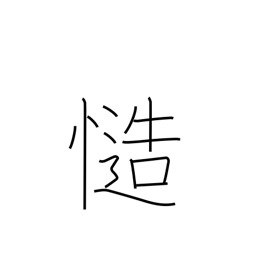
Meaning: certainly